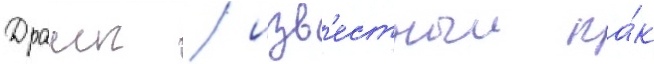
Драиг / изв'естныи ка́к